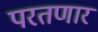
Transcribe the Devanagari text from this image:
परतणार